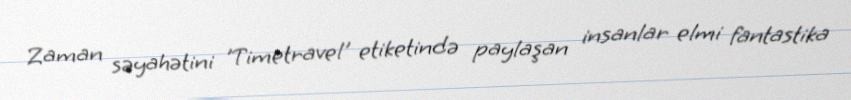
Zaman səyahətini 'Timetravel' etiketində paylaşan insanlar elmi fantastika